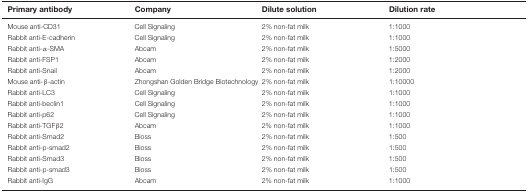
<table><thead><tr><td><b>Primary antibody</b></td><td><b>Company</b></td><td><b>Dilute solution</b></td><td><b>Dilution rate</b></td></tr></thead><tbody><tr><td>Mouse anti-CD31</td><td>Cell Signaling</td><td>2% non-fat milk</td><td>1:1000</td></tr><tr><td>Rabbit anti-E-cadherin</td><td>Cell Signaling</td><td>2% non-fat milk</td><td>1:1000</td></tr><tr><td>Rabbit anti-α-SMA</td><td>Abcam</td><td>2% non-fat milk</td><td>1:5000</td></tr><tr><td>Rabbit anti-FSP1</td><td>Abcam</td><td>2% non-fat milk</td><td>1:2000</td></tr><tr><td>Rabbit anti-Snail</td><td>Abcam</td><td>2% non-fat milk</td><td>1:2000</td></tr><tr><td>Mouse anti-β-actin</td><td>Zhongshan Golden Bridge Biotechnology</td><td>2% non-fat milk</td><td>1:10000</td></tr><tr><td>Rabbit anti-LC3</td><td>Cell Signaling</td><td>2% non-fat milk</td><td>1:1000</td></tr><tr><td>Rabbit anti-beclin1</td><td>Cell Signaling</td><td>2% non-fat milk</td><td>1:1000</td></tr><tr><td>Rabbit anti-p62</td><td>Cell Signaling</td><td>2% non-fat milk</td><td>1:1000</td></tr><tr><td>Rabbit anti-TGFβ2</td><td>Abcam</td><td>2% non-fat milk</td><td>1:1000</td></tr><tr><td>Rabbit anti-Smad2</td><td>Bioss</td><td>2% non-fat milk</td><td>1:500</td></tr><tr><td>Rabbit anti-p-smad2</td><td>Bioss</td><td>2% non-fat milk</td><td>1:500</td></tr><tr><td>Rabbit anti-Smad3</td><td>Bioss</td><td>2% non-fat milk</td><td>1:500</td></tr><tr><td>Rabbit anti-p-smad3</td><td>Bioss</td><td>2% non-fat milk</td><td>1:500</td></tr><tr><td>Rabbit anti-IgG</td><td>Abcam</td><td>2% non-fat milk</td><td>1:1000</td></tr></tbody></table>